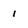
Character: 1